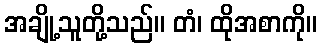
အချို့သူတို့သည်။ တံ၊ ထိုအစာကို။